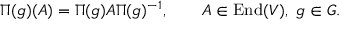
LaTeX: \Pi ( g ) ( A ) = \Pi ( g ) A \Pi ( g ) ^ { - 1 } , \qquad A \in \operatorname { E n d } ( V ) , \ g \in G .